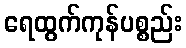
ရေထွက်ကုန်ပစ္စည်း